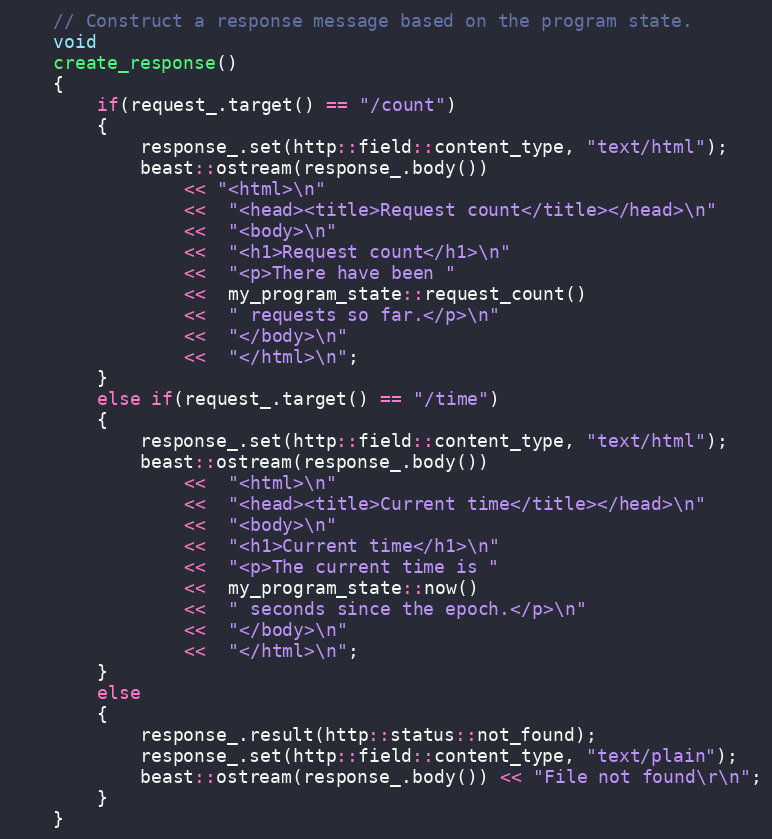
Language: C++
    // Construct a response message based on the program state.
    void
    create_response()
    {
        if(request_.target() == "/count")
        {
            response_.set(http::field::content_type, "text/html");
            beast::ostream(response_.body())
                << "<html>\n"
                <<  "<head><title>Request count</title></head>\n"
                <<  "<body>\n"
                <<  "<h1>Request count</h1>\n"
                <<  "<p>There have been "
                <<  my_program_state::request_count()
                <<  " requests so far.</p>\n"
                <<  "</body>\n"
                <<  "</html>\n";
        }
        else if(request_.target() == "/time")
        {
            response_.set(http::field::content_type, "text/html");
            beast::ostream(response_.body())
                <<  "<html>\n"
                <<  "<head><title>Current time</title></head>\n"
                <<  "<body>\n"
                <<  "<h1>Current time</h1>\n"
                <<  "<p>The current time is "
                <<  my_program_state::now()
                <<  " seconds since the epoch.</p>\n"
                <<  "</body>\n"
                <<  "</html>\n";
        }
        else
        {
            response_.result(http::status::not_found);
            response_.set(http::field::content_type, "text/plain");
            beast::ostream(response_.body()) << "File not found\r\n";
        }
    }